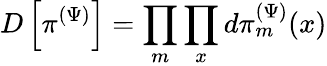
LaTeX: D\left[\pi^{(\Psi)}\right]=\prod_{m}\prod_{x}d\pi_{m}^{(\Psi)}(x)